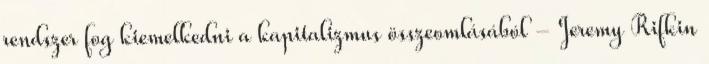
rendszer fog kiemelkedni a kapitalizmus összeomlásából - Jeremy Rifkin